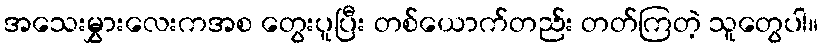
အသေးမွှားလေးကအစ တွေးပူပြီး တစ်ယောက်တည်း တတ်ကြတဲ့ သူတွေပါ။